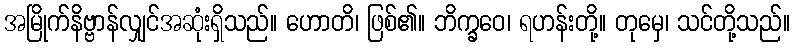
အမြိုက်နိဗ္ဗာန်လျှင်အဆုံးရှိသည်။ ဟောတိ၊ ဖြစ်၏။ ဘိက္ခဝေ၊ ရဟန်းတို့။ တုမှေ၊ သင်တို့သည်။